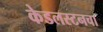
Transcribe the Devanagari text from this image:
केडलस्टनचा